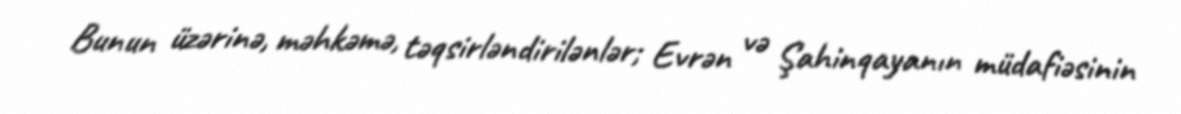
Bunun üzərinə, məhkəmə, təqsirləndirilənlər; Evrən və Şahinqayanın müdafiəsinin